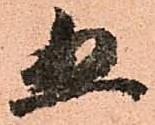
五